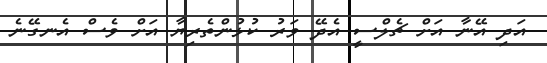
އަދި އޭނާ އަށް ޗެލްސީ އެދޭ ވަރު ކުޅުންތެރިޔާ އަށް ވެސް އެނގޭނެ